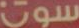
سوت